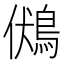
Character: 𪀢